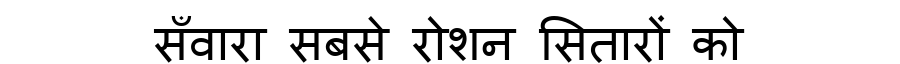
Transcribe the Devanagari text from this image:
सँवारा सबसे रोशन सितारों को